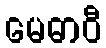
မေဓာဝီ